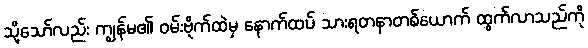
သို့သော်လည်း ကျွန်မ၏ ဝမ်းဗိုက်ထဲမှ နောက်ထပ် သားရတနာတစ်ယောက် ထွက်လာသည်ကို